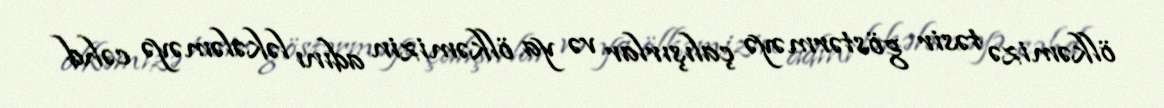
ölkəmizə təsir göstərməyə çalışırlar və ya ölkəmizin adını ləkələməyə cəhd